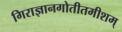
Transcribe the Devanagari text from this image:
गिराज्ञानगोतीतमीशम्